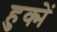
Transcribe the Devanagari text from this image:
हुक्में